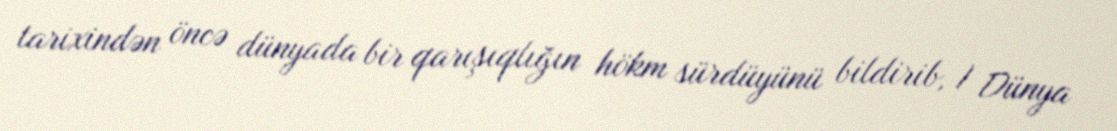
tarixindən öncə dünyada bir qarışıqlığın hökm sürdüyünü bildirib, I Dünya